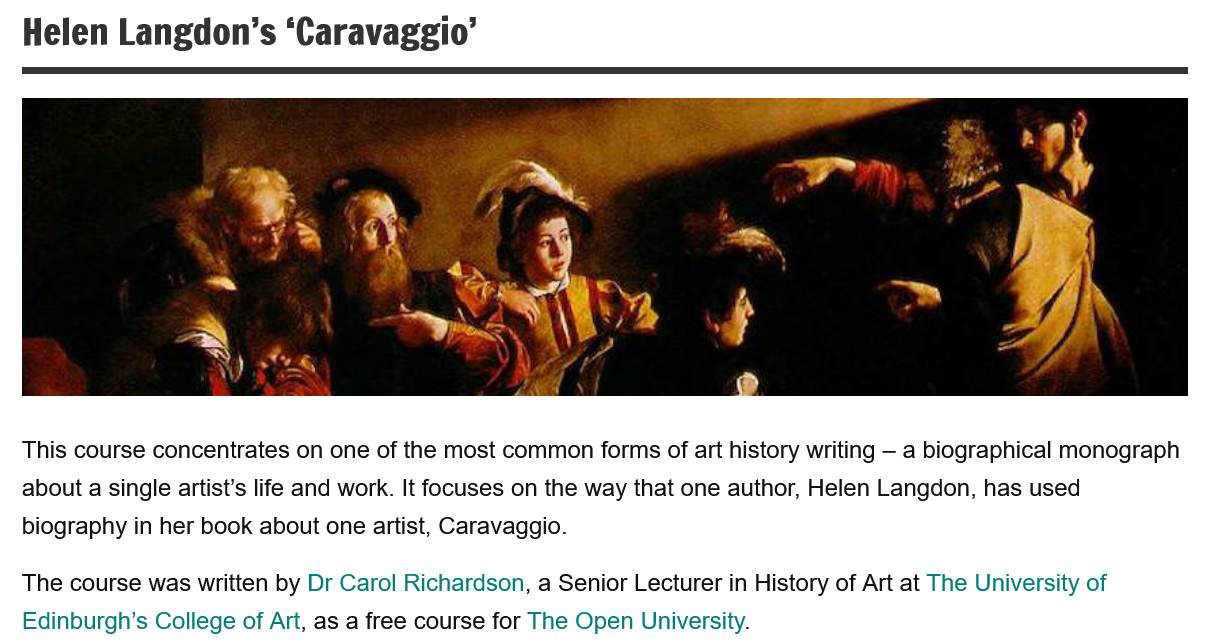
Helen   Langdon’s    ‘Caravaggio’
  This course concentrates on one of the most common forms of art history writing — a biographical monograph
  about a single artist's life and work. It focuses on the way that one author, Helen Langdon, has used
  biography in her book about one artist, Caravaggio.
  The course was written by Dr Caro! Richardson, a Senior Lecturer in History of Art at The University of
  Edinburgh's College of Art, as a free course for The Open University.